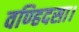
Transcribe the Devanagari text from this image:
वण्हिदसा।